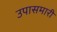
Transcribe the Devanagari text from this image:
उपासमारी